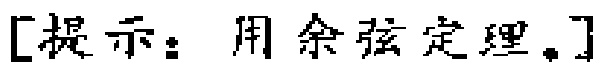
[提示：用余弦定理。]